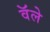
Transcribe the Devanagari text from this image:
वॅले